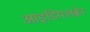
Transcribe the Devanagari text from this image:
आइडियलब्रेन